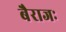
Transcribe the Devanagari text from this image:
बैराजः